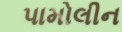
પામોલીન